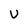
Character: u